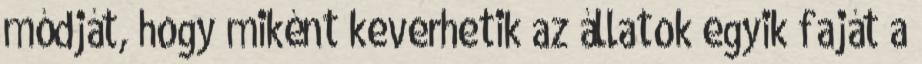
módját, hogy miként keverhetik az állatok egyik faját a